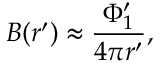
B ( r ^ { \prime } ) \approx \frac { \Phi _ { 1 } ^ { \prime } } { 4 \pi r ^ { \prime } } ,